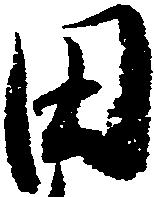
田